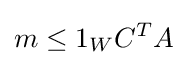
m\leq 1_{W}C^{T}A